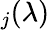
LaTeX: _j(\lambda)